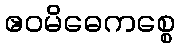
ဧဝမိဓေကစ္စေ